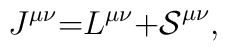
J^{\mu \nu }\mathcal{=}L^{\mu \nu }\mathcal{+S}^{\mu \nu },